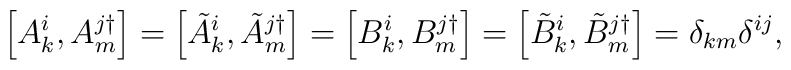
\left[ A_{k}^{i},A_{m}^{j\dagger }\right] =\left[ \tilde{A}_{k}^{i},\tilde{A}_{m}^{j\dagger }\right] =\left[ B_{k}^{i},B_{m}^{j\dagger }\right]=\left[ \tilde{B}_{k}^{i},\tilde{B}_{m}^{j\dagger }\right]=\delta _{km}\delta ^{ij},